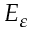
E _ { \varepsilon }